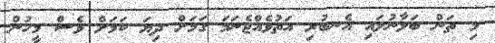
މި ތަން ބަލާނުލައި އެނބުރި އަތުވެއްޖެނަމަ ގަމަށް ދިޔަ ކަމަށް ވެސް މީހުން